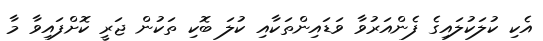
އެކި ކުލަކުލައިގެ ފެންއަރުވާ ވަޑައިންތަކާއި ކުލަ ބޮކި ތަކުން ޖަރީ ކޮށްފައިވާ މާ